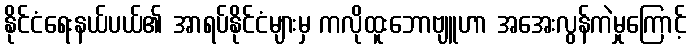
နိုင်ငံရေးနယ်ပယ်၏ အာရပ်နိုင်ငံများမှ ကလိုထူးဘောဗျူဟာ အအေးလွန်ကဲမှုကြောင့်